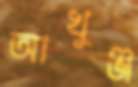
আখুঞ্জ